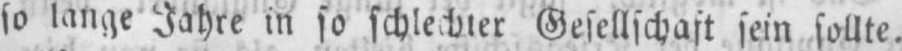
so lange Jahre in so schlechter Gesellschaft sein sollte.